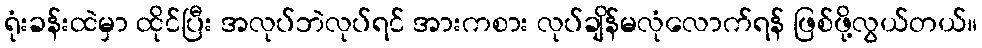
ရုံးခန်းထဲမှာ ထိုင်ပြီး အလုပ်ဘဲလုပ်ရင် အားကစား လုပ်ချိန်မလုံလောက်ရန် ဖြစ်ဖို့လွယ်တယ်။